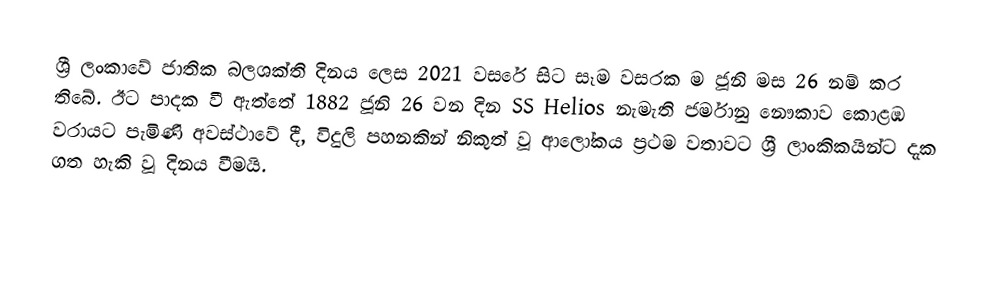
ශ්‍රී ලංකාවේ ජාතික බලශක්ති දිනය ලෙස 2021 වසරේ සිට සෑම වසරක ම ජූනි මස 26 නම් කර තිබේ. ඊට පාදක වී ඇත්තේ 1882 ජූනි 26 වන දින SS Helios නැමැති ජර්මානු නෞකාව කොළඹ වරායට පැමිණි අවස්ථාවේ දී, විදුලි පහනකින් නිකුත් වූ ආලෝකය ප්‍රථම වතාවට ශ්‍රී ලාංකිකයින්ට දැක ගත හැකි වූ දිනය වීමයි.